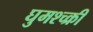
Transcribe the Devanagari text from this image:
घुमश्च्क्री